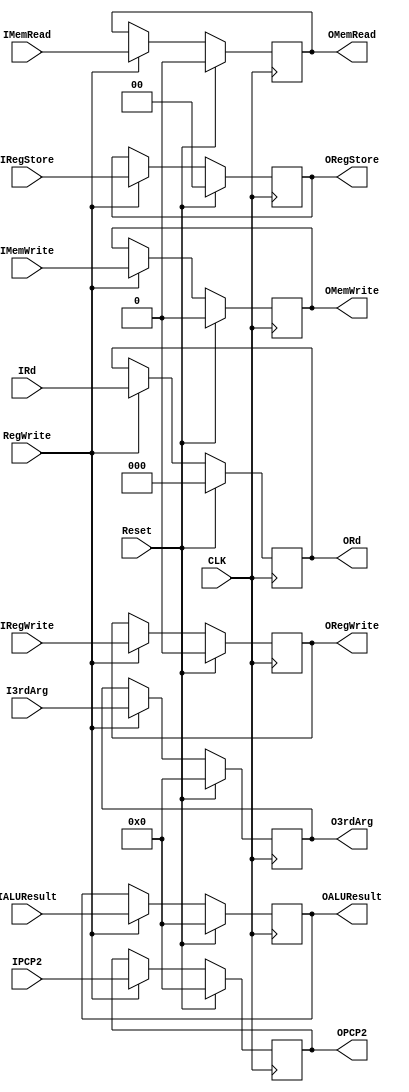
module EX_MEM(
    input [0:0] IRegWrite,
    input [0:0] IMemWrite,
    input [0:0] IMemRead,
    input [1:0] IRegStore,
    input [15:0] IPCP2,
    input [15:0] IALUResult,
    input [15:0] I3rdArg,
    input [2:0] IRd,
    input CLK,
    input Reset,
    input RegWrite,
    output reg[0:0] ORegWrite,
    output reg[0:0] OMemWrite,
    output reg[0:0] OMemRead,
    output reg[1:0] ORegStore,
    output reg[15:0] OPCP2,
    output reg[15:0] OALUResult,
    output reg[15:0] O3rdArg,
    output reg[2:0] ORd
);

always @ (posedge(CLK))
begin
    if (Reset != 1) begin
        if(RegWrite == 1) begin
            ORegWrite = IRegWrite;
            OMemWrite = IMemWrite;
            OMemRead = IMemRead;
            ORegStore = IRegStore;
            OPCP2 = IPCP2;
            OALUResult = IALUResult;
            O3rdArg = I3rdArg;
            ORd = IRd;
        end
    end else begin 
            ORegWrite = 0;
            OMemWrite = 0;
            OMemRead = 0;
            ORegStore = 0;
            OPCP2 = 0;
            OALUResult = 0;
            O3rdArg = 0;
            ORd = 0;
    end
end

endmodule